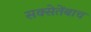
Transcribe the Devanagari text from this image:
सक्सेतेंबाच